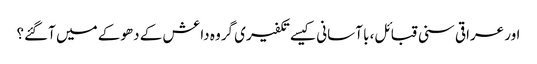
اور عراقی سنی قبائل، با آسانی کیسے تکفیری گروہ داعش کے دھوکے میں آگئے؟